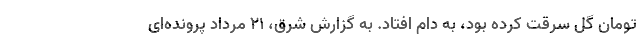
تومان گل سرقت کرده بود، به دام افتاد. به گزارش شرق، ۲۱ مرداد پرونده‌ای